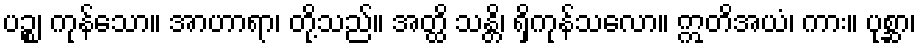
ပဉ္စ၊ ကုန်သော။ အာဟာရာ၊ တို့သည်။ အတ္ထိ သန္တိ၊ ရှိကုန်သလော။ ဣတိအယံ၊ ကား။ ပုစ္ဆာ၊